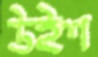
উইশ